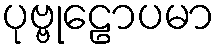
ပုဗ္ဗုဠောပမာ